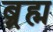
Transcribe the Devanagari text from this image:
ब्र्रह्म